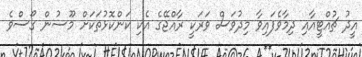
އީދު ޗުއްޓީއާއި ދިމާވެފައިވާ މިދުވަސް ވަރަކީ ރާއްޖޭގެ އެކި ކަންކޮޅުތަކަށް މޫސުން ގޯސްވެ